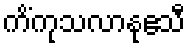
ကိံကုသလာနုဧသီ